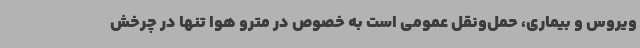
ویروس و بیماری، حمل‌ونقل عمومی است به خصوص در مترو هوا تنها در چرخش